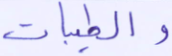
والطيبات